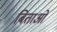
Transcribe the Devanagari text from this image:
बिताओ